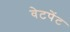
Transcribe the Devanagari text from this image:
वेटपेंट